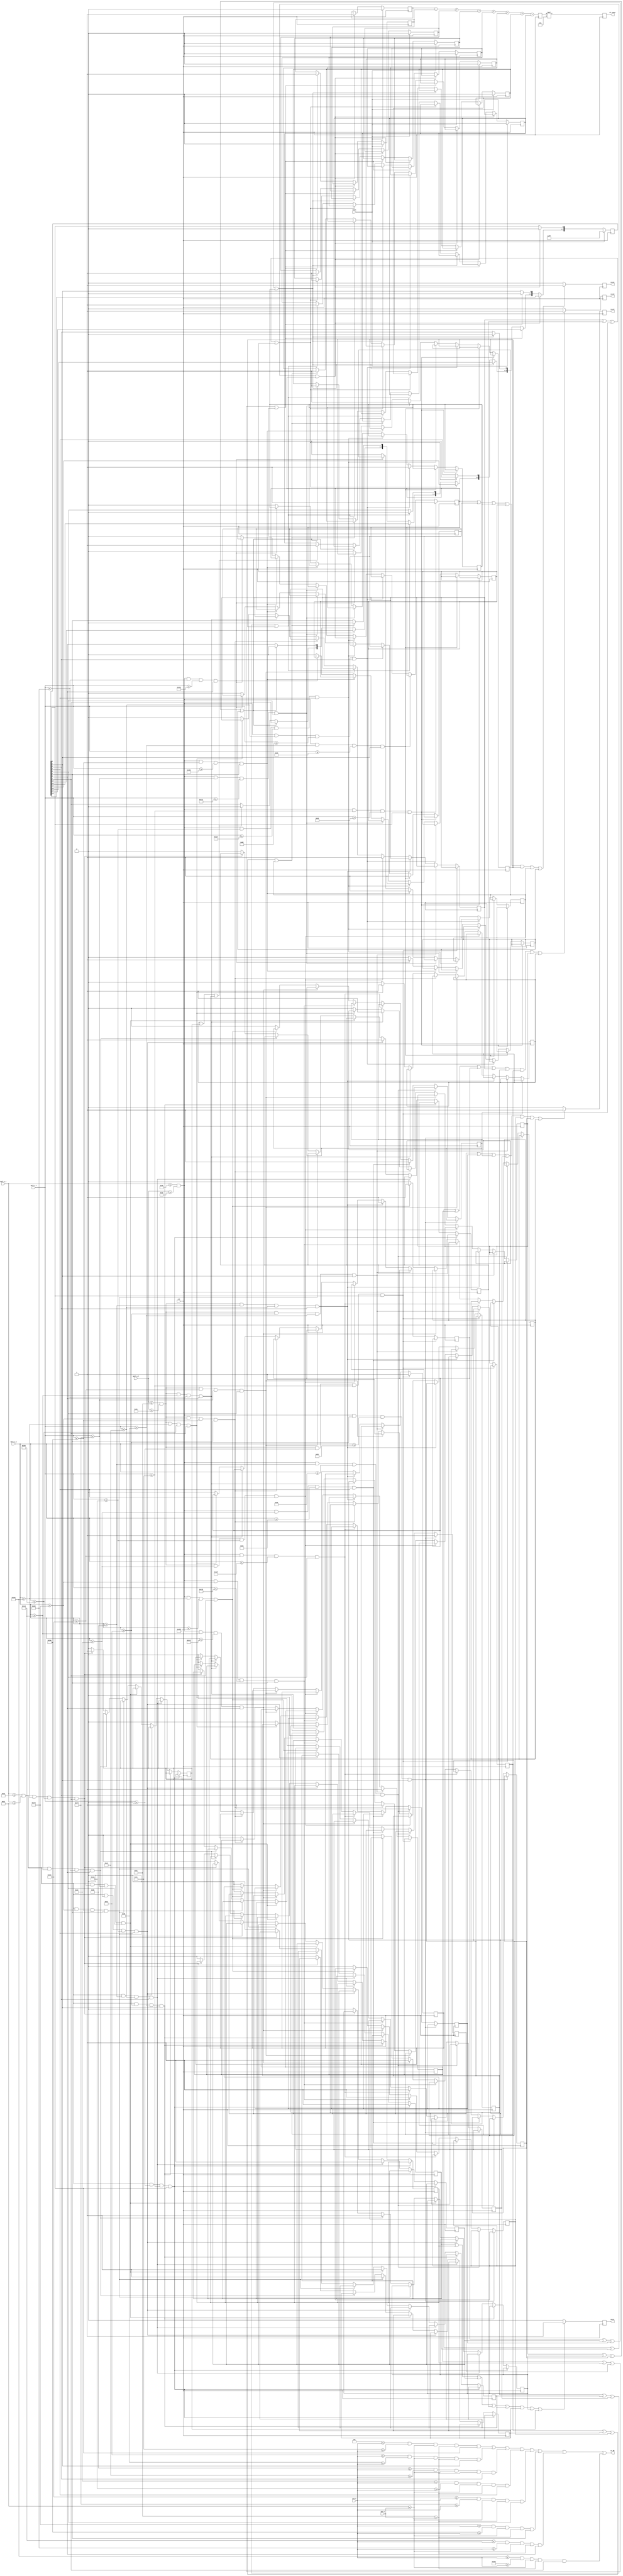
//----------------------------------//
// Breakout Files
// breakout_blocks_C1.v
// David J. Morvay
// ECEN 4856
// Fall 2020
//----------------------------------//

module breakout_blocks_C1 (clk, reset, pix_x, pix_y, ball_x_r, ball_x_l, ball_y_t, ball_y_b, moveU, moveD, moveL, moveR, C1_count, C1_ON);
input clk, reset;
input [10:0] pix_x, pix_y, ball_x_r, ball_x_l, ball_y_t, ball_y_b;
output moveU, moveD, moveL, moveR;
output [5:0] C1_count; 
output C1_ON;

// Top, bottom, left, right side of block registers
reg moveU, moveD, moveL, moveR;
reg b0R, b0L, b0D;
reg b1R, b1L, b1U, b1D;
reg b2R, b2L, b2U, b2D;
reg b3R, b3L, b3U, b3D;
reg b4R, b4L, b4U, b4D;
reg b5R, b5L, b5U, b5D;
reg b6R, b6L, b6U, b6D;
reg b7R, b7L, b7U;


reg [7:0] blocks_C1;
initial blocks_C1 = 8'b11111111;

// Signals to turn blocks on
assign block_C1_R0 = ((4 <= pix_y) && (76 >= pix_y) && (34 <= pix_x) && (49 >= pix_x) && (blocks_C1[0] == 1));
assign block_C1_R1 = ((78 <= pix_y) && (150 >= pix_y) && (34 <= pix_x) && (49 >= pix_x) && (blocks_C1[1] == 1));
assign block_C1_R2 = ((152 <= pix_y) && (224 >= pix_y) && (34 <= pix_x) && (49 >= pix_x) && (blocks_C1[2] == 1));
assign block_C1_R3 = ((226 <= pix_y) && (298 >= pix_y) && (34 <= pix_x) && (49 >= pix_x) && (blocks_C1[3] == 1));
assign block_C1_R4 = ((300 <= pix_y) && (372 >= pix_y) && (34 <= pix_x) && (49 >= pix_x) && (blocks_C1[4] == 1));
assign block_C1_R5 = ((374 <= pix_y) && (446 >= pix_y) && (34 <= pix_x) && (49 >= pix_x) && (blocks_C1[5] == 1));
assign block_C1_R6 = ((448 <= pix_y) && (520 >= pix_y) && (34 <= pix_x) && (49 >= pix_x) && (blocks_C1[6] == 1));
assign block_C1_R7 = ((522 <= pix_y) && (595 >= pix_y) && (34 <= pix_x) && (49 >= pix_x) && (blocks_C1[7] == 1));

// x - Parameters for this column of blocks
localparam right_border = 49;
localparam right_border_in = 46;
localparam left_border = 34;
localparam left_border_in = 37;
localparam right_ext = 56;
localparam left_ext = 27;

// Counters for score
reg counter0, counter1, counter2, counter3, counter4, counter5, counter6, counter7;

// Board reset
// If a block has been hit, it will turn off the block, and increment the score
always @(posedge clk)
	if (reset) begin
		blocks_C1 = 8'b11111111;
		counter0 = 0; counter1 = 0; counter2 = 0; counter3 = 0;
		counter4 = 0; counter5 = 0; counter6 = 0; counter7 = 0; 
	end
	else if (b0R || b0L || b0D) begin
		counter0 = 1;
		blocks_C1[0] = 0;
	end
	else if (b1R || b1L || b1U || b1D) begin
		counter1 = 1;
		blocks_C1[1] = 0;
	end
	else if (b2R || b2L || b2U || b2D) begin
		counter2 = 1;
		blocks_C1[2] = 0;
	end
	else if (b3R || b3L || b3U || b3D) begin
		counter3 = 1;
		blocks_C1[3] = 0;
	end
	else if (b4R || b4L || b4U || b4D) begin
		counter4 = 1;
		blocks_C1[4] = 0;
	end
	else if (b5R || b5L || b5U || b5D) begin
		counter5 = 1;
		blocks_C1[5] = 0;
	end
	else if (b6R || b6L || b6U || b6D) begin
		counter6 = 1;
		blocks_C1[6] = 0;
	end
	else if (b7R || b7L || b7U) begin
		counter7 = 1;
		blocks_C1[7] = 0;
	end
	
// If any block is hit, the signal is sent here to
// determine the direction the ball should be redirected.
always @(posedge clk)
	if (b0R || b1R || b2R || b3R || b4R || b5R || b6R || b7R)
		moveR = 1;
	else
		moveR = 0;

always @(posedge clk)
	if (b0L || b1L || b2L || b3L || b4L || b5L || b6L || b7L)
		moveL = 1;
	else
		moveL = 0;

always @(posedge clk)
	if (b1U || b2U || b3U || b4U || b5U || b6U || b7U)
		moveU = 1;
	else
		moveU = 0;

always @(posedge clk)
	if (b0D || b1D || b2D || b3D || b4D || b5D || b6D)
		moveD = 1;
	else
		moveD = 0;


// Always block for right of block hits.
// If the ball hits the right side of a block,
// it will bounce off towards to right direction.
always @(posedge clk)
	if ((ball_x_l <= right_border) && (ball_x_l >= right_border_in) && (ball_y_t >= 0) && (ball_y_t <= 76) && (blocks_C1[0] == 1)) 
		b0R = 1;
	
	else if ((ball_x_l <= right_border) && (ball_x_l >= right_border_in) && (ball_y_b >= 78) && (ball_y_t <= 150) && (blocks_C1[1] == 1))
		b1R = 1;

	else if ((ball_x_l <= right_border) && (ball_x_l >= right_border_in) && (ball_y_b >= 152) && (ball_y_t <= 224) && (blocks_C1[2] == 1))
		b2R = 1;

	else if ((ball_x_l <= right_border) && (ball_x_l >= right_border_in) && (ball_y_b >= 226) && (ball_y_t <= 298) && (blocks_C1[3] == 1))
		b3R = 1;

	else if ((ball_x_l <= right_border) && (ball_x_l >= right_border_in) && (ball_y_b >= 300) && (ball_y_t <= 372) && (blocks_C1[4] == 1))
		b4R = 1;

	else if ((ball_x_l <= right_border) && (ball_x_l >= right_border_in) && (ball_y_b >= 374) && (ball_y_t <= 446) && (blocks_C1[5] == 1))
		b5R = 1;

	else if ((ball_x_l <= right_border) && (ball_x_l >= right_border_in) && (ball_y_b >= 448) && (ball_y_t <= 520) && (blocks_C1[6] == 1))
		b6R = 1;

	else if ((ball_x_l <= right_border) && (ball_x_l >= right_border_in) && (ball_y_b >= 522) && (ball_y_b <= 599) && (blocks_C1[7] == 1))
		b7R = 1;
	
	else 
		begin
			b0R = 0; b1R = 0; b2R = 0; b3R = 0; b4R = 0; b5R = 0; b6R = 0; b7R = 0;
		end			

// Always block for left side hits
// If the ball hits the left side of a block,
// it will bounce back in the left direction.
always @(posedge clk)
	if ((ball_x_r <= left_border_in) && (ball_x_r >= left_border) && (ball_y_t >= 0) && (ball_y_t <= 76) && (blocks_C1[0] == 1)) 
		b0L = 1;
	
	else if ((ball_x_r <= left_border_in) && (ball_x_r >= left_border) && (ball_y_b >= 78) && (ball_y_t <= 150) && (blocks_C1[1] == 1))
		b1L = 1;

	else if ((ball_x_r <= left_border_in) && (ball_x_r >= left_border) && (ball_y_b >= 152) && (ball_y_t <= 224) && (blocks_C1[2] == 1))
		b2L = 1;

	else if ((ball_x_r <= left_border_in) && (ball_x_r >= left_border) && (ball_y_b >= 226) && (ball_y_t <= 298) && (blocks_C1[3] == 1))
		b3L = 1;

	else if ((ball_x_r <= left_border_in) && (ball_x_r >= left_border) && (ball_y_b >= 300) && (ball_y_t <= 372) && (blocks_C1[4] == 1))
		b4L = 1;

	else if ((ball_x_r <= left_border_in) && (ball_x_r >= left_border) && (ball_y_b >= 374) && (ball_y_t <= 446) && (blocks_C1[5] == 1))
		b5L = 1;

	else if ((ball_x_r <= left_border_in) && (ball_x_r >= left_border) && (ball_y_b >= 448) && (ball_y_t <= 520) && (blocks_C1[6] == 1))
		b6L = 1;

	else if ((ball_x_r <= left_border_in) && (ball_x_r >= left_border) && (ball_y_b >= 522) && (ball_y_b <= 599) && (blocks_C1[7] == 1))
		b7L = 1;
	else 
		begin
			b0L = 0; b1L = 0; b2L = 0; b3L = 0; b4L = 0; b5L = 0; b6L = 0; b7L = 0;
		end	

// Always block for bottom side hits
// If the ball hits the bottom side of a block,
// it will bounce back in the down direction.
always @(posedge clk)
	if ((ball_x_r <= right_ext) && (ball_x_l >= left_ext) && (ball_y_t <= 76) && (ball_y_t >= 73) && (blocks_C1[0] == 1))
		b0D = 1;

	else if ((ball_x_r <= right_ext) && (ball_x_l >= left_ext) && (ball_y_t <= 150) && (ball_y_t >= 147) && (blocks_C1[1] == 1))
		b1D = 1;

	else if ((ball_x_r <= right_ext) && (ball_x_l >= left_ext) && (ball_y_t <= 224) && (ball_y_t >= 221) && (blocks_C1[2] == 1))
		b2D = 1;

	else if ((ball_x_r <= right_ext) && (ball_x_l >= left_ext) && (ball_y_t <= 298) && (ball_y_t >= 295) && (blocks_C1[3] == 1))
		b3D = 1;

	else if ((ball_x_r <= right_ext) && (ball_x_l >= left_ext) && (ball_y_t <= 372) && (ball_y_t >= 369) && (blocks_C1[4] == 1))
		b4D = 1;

	else if ((ball_x_r <= right_ext) && (ball_x_l >= left_ext) && (ball_y_t <= 446) && (ball_y_t >= 443) && (blocks_C1[5] == 1))
		b5D = 1;

	else if ((ball_x_r <= right_ext) && (ball_x_l >= left_ext) && (ball_y_t <= 520) && (ball_y_t >= 517) && (blocks_C1[6] == 1))
		b6D = 1;
	
	else 
		begin
			b0D = 0; b1D = 0; b2D = 0; b3D = 0; b4D = 0; b5D = 0; b6D = 0; 
		end	

// Always block for top side hits
// If the ball hits the top side of a block,
// it will bounce back in the up direction.
always @(posedge clk)
	if ((ball_x_r <= right_ext) && (ball_x_l >= left_ext) && (ball_y_b >= 78) && (ball_y_b <= 81) && (blocks_C1[1] == 1))
		b1U = 1;

	else if ((ball_x_r <= right_ext) && (ball_x_l >= left_ext) && (ball_y_b >= 152) && (ball_y_b <= 155) && (blocks_C1[2] == 1))
		b2U = 1;

	else if ((ball_x_r <= right_ext) && (ball_x_l >= left_ext) && (ball_y_b >= 226) && (ball_y_b <= 229) && (blocks_C1[3] == 1))
		b3U = 1;

	else if ((ball_x_r <= right_ext) && (ball_x_l >= left_ext) && (ball_y_b >= 300) && (ball_y_b <= 303) && (blocks_C1[4] == 1))
		b4U = 1;

	else if ((ball_x_r <= right_ext) && (ball_x_l >= left_ext) && (ball_y_b >= 374) && (ball_y_b <= 377) && (blocks_C1[5] == 1))
		b5U = 1;

	else if ((ball_x_r <= right_ext) && (ball_x_l >= left_ext) && (ball_y_b >= 448) && (ball_y_b <= 451) && (blocks_C1[6] == 1))
		b6U = 1;

	else if ((ball_x_r <= right_ext) && (ball_x_l >= left_ext) && (ball_y_b >= 522) && (ball_y_b <= 525) && (blocks_C1[7] == 1))
		b7U = 1;
	
	else 
		begin
			b1U = 0; b2U = 0; b3U = 0; b4U = 0; b5U = 0; b6U = 0; b7U = 0; 
		end	

// Signal sent to turn on a block
assign C1_ON = block_C1_R0 || block_C1_R1 || block_C1_R2 || block_C1_R3 || block_C1_R4 || block_C1_R5 || block_C1_R6 || block_C1_R7;

// Counter to determine score from the number of blocks hit
reg [3:0] C1_count_small;
always @(posedge clk) begin
		C1_count_small <= (counter0 + counter1 + counter2 + counter3 + counter4 + counter5 + counter6 + counter7);
end

// Score multipled to appropriate amount for the respectice column
reg [5:0] C1_count;
always @(posedge clk) begin
	C1_count <= C1_count_small * 6;
end
		
endmodule